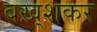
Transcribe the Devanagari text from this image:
बख़्शकर